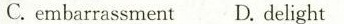
C.embarrassmentD. delight